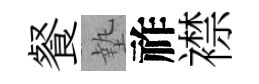
餐墊祚襟